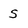
Character: s